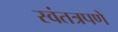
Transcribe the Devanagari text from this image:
स्वंतत्रपणे